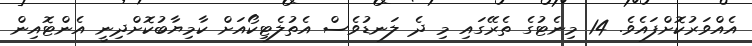
އެއްވަރުކޮށްފައެވެ. 14 މިނެޓުގެ ތެރޭގައި މި ދެ ލަނޑުވެސް އެތުލެޓިކޯއަށް ކާމިޔާބުކޮށްދިނީ އެންޓޮއިން